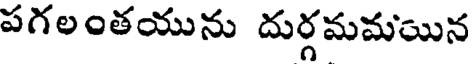
పగలంతయును దుర్గమమయిన